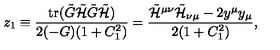
z _ { 1 } \equiv \frac { \mathrm { t r } ( \tilde { G } \tilde { { \cal H } } \tilde { G } \tilde { { \cal H } } ) } { 2 ( - G ) ( 1 + C _ { 1 } ^ { 2 } ) } = \frac { \tilde { { \cal H } } ^ { \mu \nu } \tilde { { \cal H } } _ { \nu \mu } - 2 y ^ { \mu } y _ { \mu } } { 2 ( 1 + C _ { 1 } ^ { 2 } ) } ,